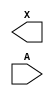
module sky130_fd_sc_hd__dlygate4sd1 (
    X,
    A
);

    output X;
    input  A;

    // Voltage supply signals
    supply1 VPWR;
    supply0 VGND;
    supply1 VPB ;
    supply0 VNB ;

endmodule